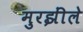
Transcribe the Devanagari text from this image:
मुरझींले